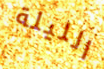
الليلة